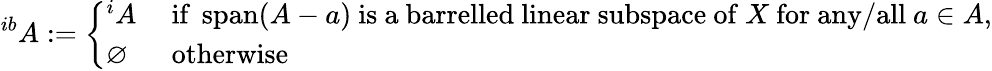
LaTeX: ^{ib}A:={\left\{ \begin{array}{ll}{^{i}A}&{{\mathrm{~if~}}\operatorname{span}(A-a){\mathrm{~is~a~barrelled~linear~subspace~of~}}X{\mathrm{~for~any/all~}}a\in A{\mathrm{,}}}\\ {\varnothing}&{{\mathrm{~otherwise}}}\end{array}\right.}